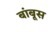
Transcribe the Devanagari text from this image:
बांबूस